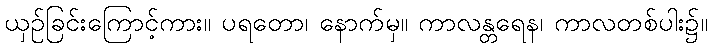
ယှဉ်ခြင်းကြောင့်ကား။ ပရတော၊ နောက်မှ။ ကာလန္တရေန၊ ကာလတစ်ပါး၌။